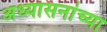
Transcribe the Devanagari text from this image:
अध्यासनांच्या